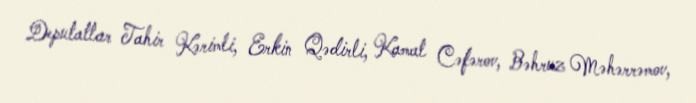
Deputatlar Tahir Kərimli, Erkin Qədirli, Kamal Cəfərov, Bəhruz Məhərrəmov,